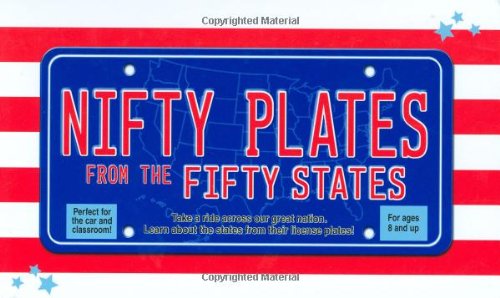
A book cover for Nifty Plates from the Fifty States: Take a Ride Across Our Great Nation*Learn About the States from Their License Plates!; Paul Beatrice; Arts & Photography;